Annual returns of the Patna Lunatic Asylum at Bankipore in Bihar and Orissa - 1912-1924
Year: 1912
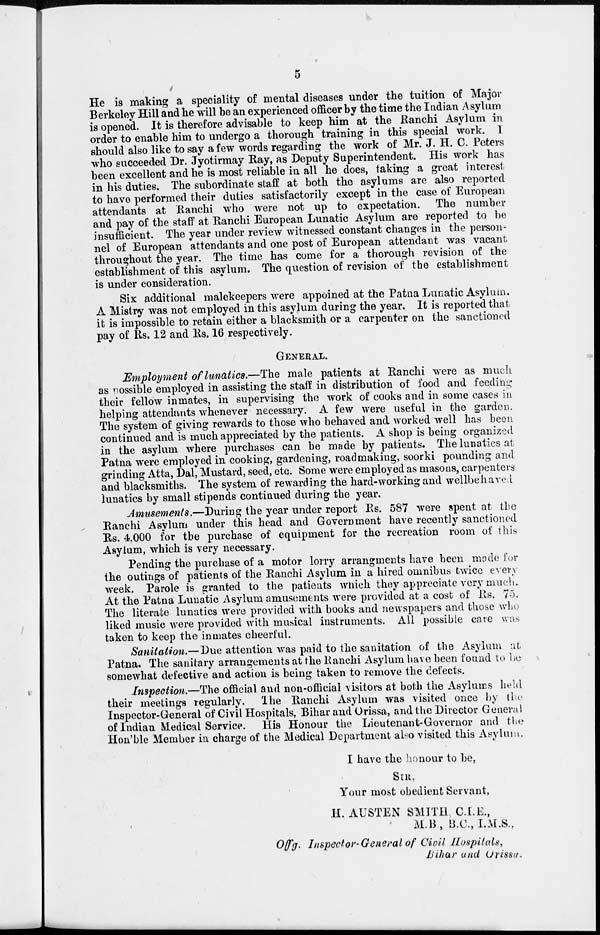
5
He is making a speciality of mental diseases under the tuition of Major
Berkeley Hill and he will be an experienced officer by the time the Indian Asylum
is opened. It is therefore advisable to keep him at the Ranchi Asylum in
order to enable him to undergo a thorough training in this special work. I
should also like to say a few words regarding the work of Mr. J. H. C. Peters
who succeeded Dr. Jyotirmay Ray, as Deputy Superintendent. His work has
been excellent and he is most reliable in all he does, taking a great interest
in his duties. The subordinate staff at both the asylums are also reported
to have performed their duties satisfactorily except in the case of European
attendants at Ranchi who were not up to expectation. The number
and pay of the staff at Ranchi European Lunatic Asylum are reported to be
insufficient. The year under review witnessed constant changes in the person-
nel of European attendants and one post of European attendant was vacant
throughout the year. The time has come for a thorough revision of the
establishment of this asylum. The question of revision of the establishment
is under consideration.
Six additional malekeepers were appoined at the Patna Lunatic Asylum.
A Mistry was not employed in this asylum during the year. It is reported that
it is impossible to retain either a blacksmith or a carpenter on the sanctioned
pay of Rs. 12 and Rs. 16 respectively.
GENERAL.
Employment of lunatics.—The male patients at Ranchi were as much
as possible employed in assisting the staff in distribution of food and feeding
their fellow inmates, in supervising the work of cooks and in some cases in
helping attendants whenever necessary. A few were useful in the garden.
The system of giving rewards to those who behaved and worked well has been
continued and is much appreciated by the patients. A shop is being organized
in the asylum where purchases can be made by patients. The lunatics at
Patna were employed in cooking, gardening, roadmaking, soorki pounding and
grinding Atta, Dal, Mustard, seed, etc. Some were employed as masons, carpenters
and blacksmiths. The system of rewarding the hard-working and wellbehaved
lunatics by small stipends continued during the year.
Amusements.—During the year under report Rs. 587 were spent at the
Ranchi Asylum under this head and Government have recently sanctioned
Rs. 4,000 for the purchase of equipment for the recreation room of this
Asylum, which is very necessary.
Pending the purchase of a motor lorry arrangments have been mode for
the outings of patients of the Ranchi Asylum in a hired omnibus twice every
week. Parole is granted to the patients which they appreciate very much.
At the Patna Lunatic Asylum amusements were provided at a cost of Rs. 75.
The literate lunatics were provided with books and newspapers and those who
liked music were provided with musical instruments. All possible care was
taken to keep the inmates cheerful.
Sanitation.—Due attention was paid to the sanitation of the Asylum at
Patna. The sanitary arrangements at the Ranchi Asylum have been found to be
somewhat defective and action is being taken to remove the defects.
Inspection.—The official and non-official visitors at both the Asylums held
their meetings regularly. The Ranchi Asylum was visited once by the
Inspector-General of Civil Hospitals, Bihar and Orissa, and the Director General
of Indian Medical Service. His Honour the Lieutenant-Governor and the
Hon'ble Member in charge of the Medical Department also visited this Asylum.
I have the honour to be,
SIR,
Your most obedient Servant,
H.AUSTEN SMITH. C.I.E.,
M.B., B.C., I. M.S.,
Offg. Inspector-General of Civil Hospitals,
Bihar and Orissa.